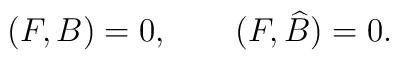
(F,B)=0, \qquad (F,\widehat{B})=0.